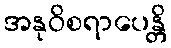
အနုဝိစရာပေန္တိ